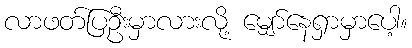
လာဖတ်ပြဦးမှာလားလို့ မျှော်နေရှာမှာပေါ့။